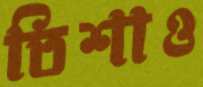
তিশাও